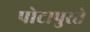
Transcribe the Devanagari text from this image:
पोटापुरते